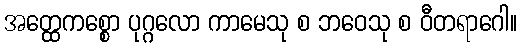
အတ္ထေကစ္စော ပုဂ္ဂလော ကာမေသု စ ဘဝေသု စ ဝီတရာဂေါ။